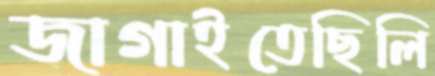
জাগাইতেছিলি